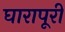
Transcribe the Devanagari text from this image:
घारापूरी